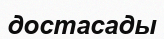
достасады